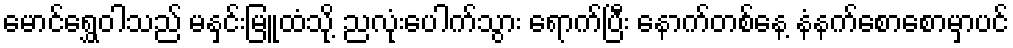
မောင်ရွှေဝါသည် မနှင်းမြူထံသို့ ညလုံးပေါက်သွား ရောက်ပြီး နောက်တစ်နေ့ နံနက်စောစောမှာပင်